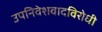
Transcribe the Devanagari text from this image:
उपनिवेशवादविरोधी